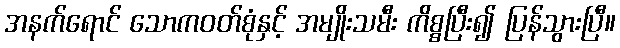
အနက်ရောင် သောကဝတ်စုံနှင့် အမျိုးသမီး ကိစ္စပြီး၍ ပြန်သွားပြီ။